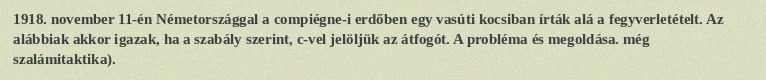
1918. november 11-én Németországgal a compiégne-i erdőben egy vasúti kocsiban írták alá a fegyverletételt. Az alábbiak akkor igazak, ha a szabály szerint, c-vel jelöljük az átfogót. A probléma és megoldása. még szalámitaktika).